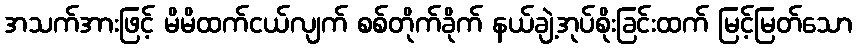
အသက်အားဖြင့် မိမိထက်ငယ်လျက် စစ်တိုက်ခိုက် နယ်ချဲ့အုပ်စိုးခြင်းထက် မြင့်မြတ်သော